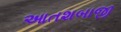
આતશબાજી